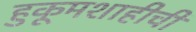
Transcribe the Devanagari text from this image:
हुकूमशाहीची